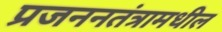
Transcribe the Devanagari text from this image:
प्रजननतंत्रामधील